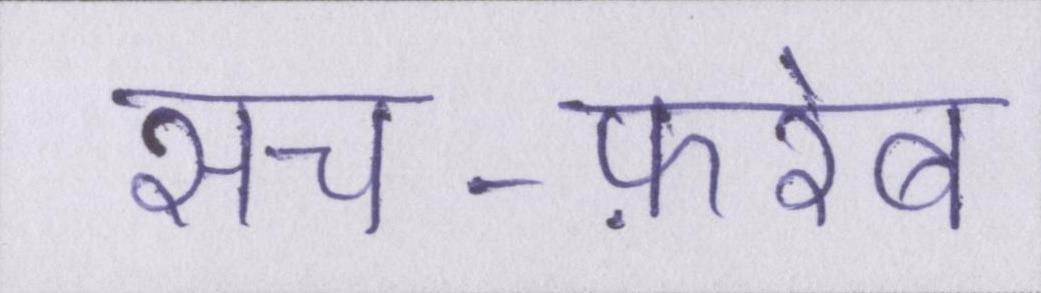
सच-फ़रेब